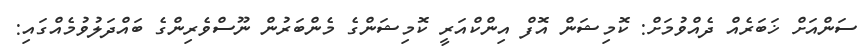
ސަންއަށް ޚަބަރެއް ދެއްވުމަށް: ކޮމިޝަން އޮފް އިންކްއަރީ ކޮމިޝަންގެ މެންބަރުން ނޫސްވެރިންގެ ބައްދަލުވުމެއްގައި: